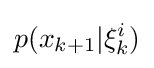
p(x_{k+1}|\xi _{k}^{i})